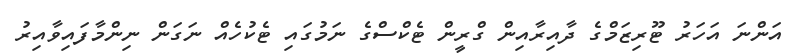
އަންނަ އަހަރު ޓޫރިޒަމްގެ ދާއިރާއިން ގްރީން ޓެކްސްގެ ނަމުގައި ޓެކުހެއް ނަގަން ނިންމާފައިވާއިރު